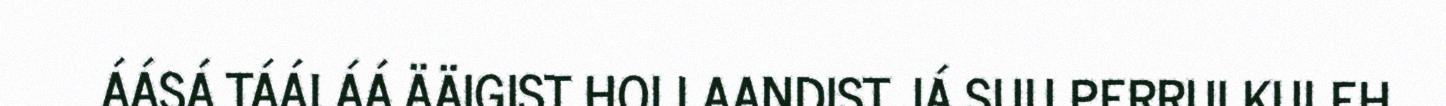
ÁÁSÁ TÁÁLÁÁ ÄÄIGIST HOLLAANDIST JÁ SUU PERRUI KULEH